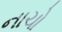
નાચો